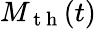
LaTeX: M_{\mathrm{~t~h~}}(t)